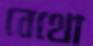
বেথো